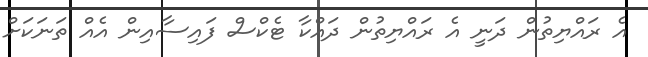
އެ ރައްޔިތުން ދަނީ އެ ރައްޔިތުން ދައްކާ ޓެކްސް ފައިސާއިން އެއް ތަނަކަށް